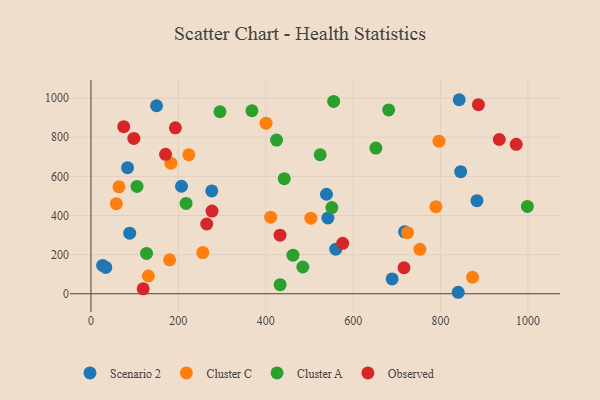
{"axis": {"x": "Distance", "y": "Exam Score"}, "legend": ["Cluster A", "Cluster C", "Observed", "Scenario 2"], "data": [{"x": "83.7", "y": 644.4, "type": "Scenario 2"}, {"x": "717.7", "y": 316.7, "type": "Scenario 2"}, {"x": "846.1", "y": 624.2, "type": "Scenario 2"}, {"x": "560.2", "y": 227.9, "type": "Scenario 2"}, {"x": "150.1", "y": 961.0, "type": "Scenario 2"}, {"x": "88.7", "y": 309.7, "type": "Scenario 2"}, {"x": "207.2", "y": 549.7, "type": "Scenario 2"}, {"x": "539.0", "y": 508.6, "type": "Scenario 2"}, {"x": "883.3", "y": 475.8, "type": "Scenario 2"}, {"x": "26.7", "y": 145.0, "type": "Scenario 2"}, {"x": "542.2", "y": 387.4, "type": "Scenario 2"}, {"x": "840.4", "y": 7.6, "type": "Scenario 2"}, {"x": "276.5", "y": 525.6, "type": "Scenario 2"}, {"x": "689.2", "y": 75.7, "type": "Scenario 2"}, {"x": "33.9", "y": 134.4, "type": "Scenario 2"}, {"x": "842.7", "y": 991.9, "type": "Scenario 2"}, {"x": "64.2", "y": 546.7, "type": "Cluster C"}, {"x": "503.3", "y": 386.4, "type": "Cluster C"}, {"x": "724.3", "y": 312.4, "type": "Cluster C"}, {"x": "411.3", "y": 391.6, "type": "Cluster C"}, {"x": "182.9", "y": 667.8, "type": "Cluster C"}, {"x": "180.0", "y": 173.6, "type": "Cluster C"}, {"x": "789.3", "y": 445.1, "type": "Cluster C"}, {"x": "873.2", "y": 84.3, "type": "Cluster C"}, {"x": "255.9", "y": 210.3, "type": "Cluster C"}, {"x": "223.9", "y": 710.7, "type": "Cluster C"}, {"x": "400.7", "y": 872.2, "type": "Cluster C"}, {"x": "752.7", "y": 227.0, "type": "Cluster C"}, {"x": "796.4", "y": 780.2, "type": "Cluster C"}, {"x": "131.3", "y": 90.8, "type": "Cluster C"}, {"x": "58.0", "y": 460.7, "type": "Cluster C"}, {"x": "551.2", "y": 440.6, "type": "Cluster A"}, {"x": "295.2", "y": 930.4, "type": "Cluster A"}, {"x": "424.7", "y": 785.8, "type": "Cluster A"}, {"x": "652.0", "y": 744.5, "type": "Cluster A"}, {"x": "127.2", "y": 206.0, "type": "Cluster A"}, {"x": "462.3", "y": 197.3, "type": "Cluster A"}, {"x": "368.4", "y": 935.6, "type": "Cluster A"}, {"x": "217.7", "y": 461.7, "type": "Cluster A"}, {"x": "998.7", "y": 446.5, "type": "Cluster A"}, {"x": "681.3", "y": 939.6, "type": "Cluster A"}, {"x": "484.8", "y": 136.9, "type": "Cluster A"}, {"x": "555.4", "y": 983.1, "type": "Cluster A"}, {"x": "442.3", "y": 588.4, "type": "Cluster A"}, {"x": "432.9", "y": 46.4, "type": "Cluster A"}, {"x": "105.4", "y": 548.8, "type": "Cluster A"}, {"x": "524.5", "y": 710.5, "type": "Cluster A"}, {"x": "277.0", "y": 422.7, "type": "Observed"}, {"x": "886.7", "y": 966.6, "type": "Observed"}, {"x": "98.1", "y": 794.2, "type": "Observed"}, {"x": "716.4", "y": 133.0, "type": "Observed"}, {"x": "973.2", "y": 763.7, "type": "Observed"}, {"x": "432.7", "y": 299.6, "type": "Observed"}, {"x": "264.9", "y": 356.6, "type": "Observed"}, {"x": "170.7", "y": 712.6, "type": "Observed"}, {"x": "934.4", "y": 788.6, "type": "Observed"}, {"x": "75.0", "y": 854.1, "type": "Observed"}, {"x": "119.5", "y": 25.0, "type": "Observed"}, {"x": "193.1", "y": 848.2, "type": "Observed"}, {"x": "576.1", "y": 257.6, "type": "Observed"}]}